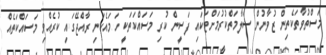
މަސްތުވާތަކެތިން ޒުވާނުން ސަލާމަތްކުރުމަށްޓަކައި ފަސީން ކުރި މަސައްކަތަކީ ހަމައެކަނި ރާއްޖޭގައި ކުރެއްވި މަސައްކަތެއް